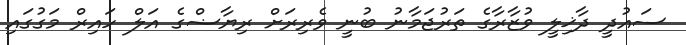
ސައުދީ ދާޚިލީ ވުޒާރާގެ ތަރުޖަމާނު ބުނީ ވެރިރަށް ރިޔާޟްގެ އަލް ހައިރް މަގުގައި